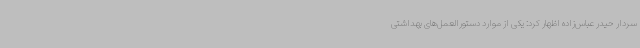
سردار حیدر عباس‌زاده اظهار کرد: یکی از موارد دستورالعمل‌های بهداشتی